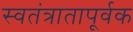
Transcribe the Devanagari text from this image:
स्वतंत्रातापूर्वक